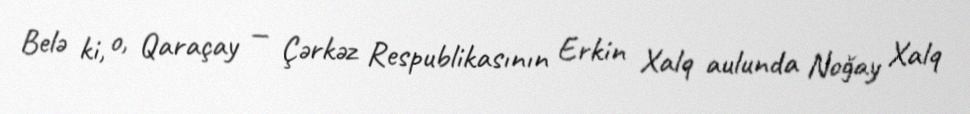
Belə ki, o, Qaraçay — Çərkəz Respublikasının Erkin Xalq aulunda Noğay Xalq